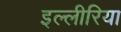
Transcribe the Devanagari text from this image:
इल्लीरिया